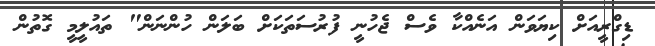
ޑިގްރީއަށް ކިޔަވަން އަނެއްކާ ވެސް ޖެހުނީ ފުރުސަތަކަށް ބަލަން ހުންނަން" ތައުލީމީ ގޮތުން